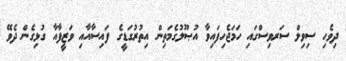
ދިވެހި ސިވިލް ސަރވިސްގައި ހަމަޖެހިފައިވާ އުޞޫލުގެމަތިން އިތުރުގަޑީގެ ފައިސާއާއި ވަޒީފާއާ ގުޅިގެން ދެވޭ